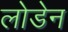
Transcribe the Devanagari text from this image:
लोडेन